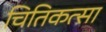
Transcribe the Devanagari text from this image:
चितिकत्सा